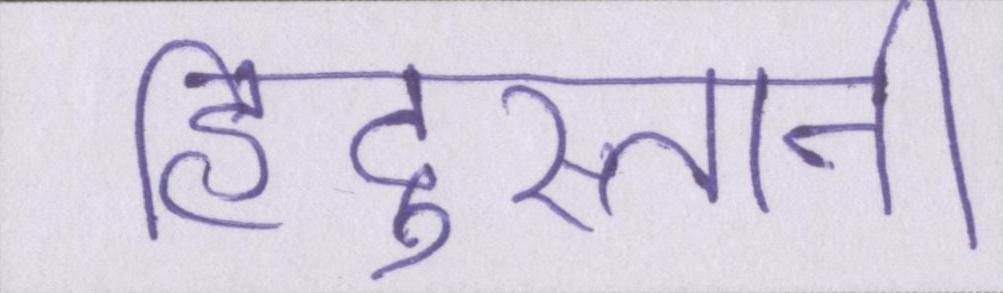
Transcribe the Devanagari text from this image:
हिंदुस्तानी